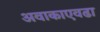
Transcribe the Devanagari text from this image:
अवाकाएवढा